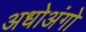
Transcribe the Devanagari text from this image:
अधोअंगो